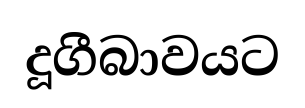
දූගීබාවයට